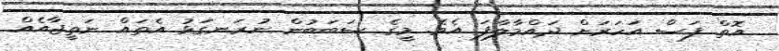
އޮތް ފަސް އަހަރަށް ދައްމާލާފަ އެވެ. މީގެ ސަބަބުން ނުރަނގަޅު އެތައް ނަތީޖާއެއް